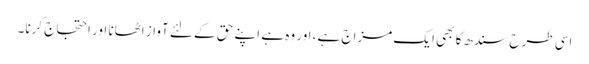
اسی طرح سندھ کا بھی ایک مزاج ہے، اور وہ ہے اپنے حق کے لئے آواز اٹھانا اور احتجاج کرنا۔